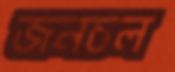
জনচল